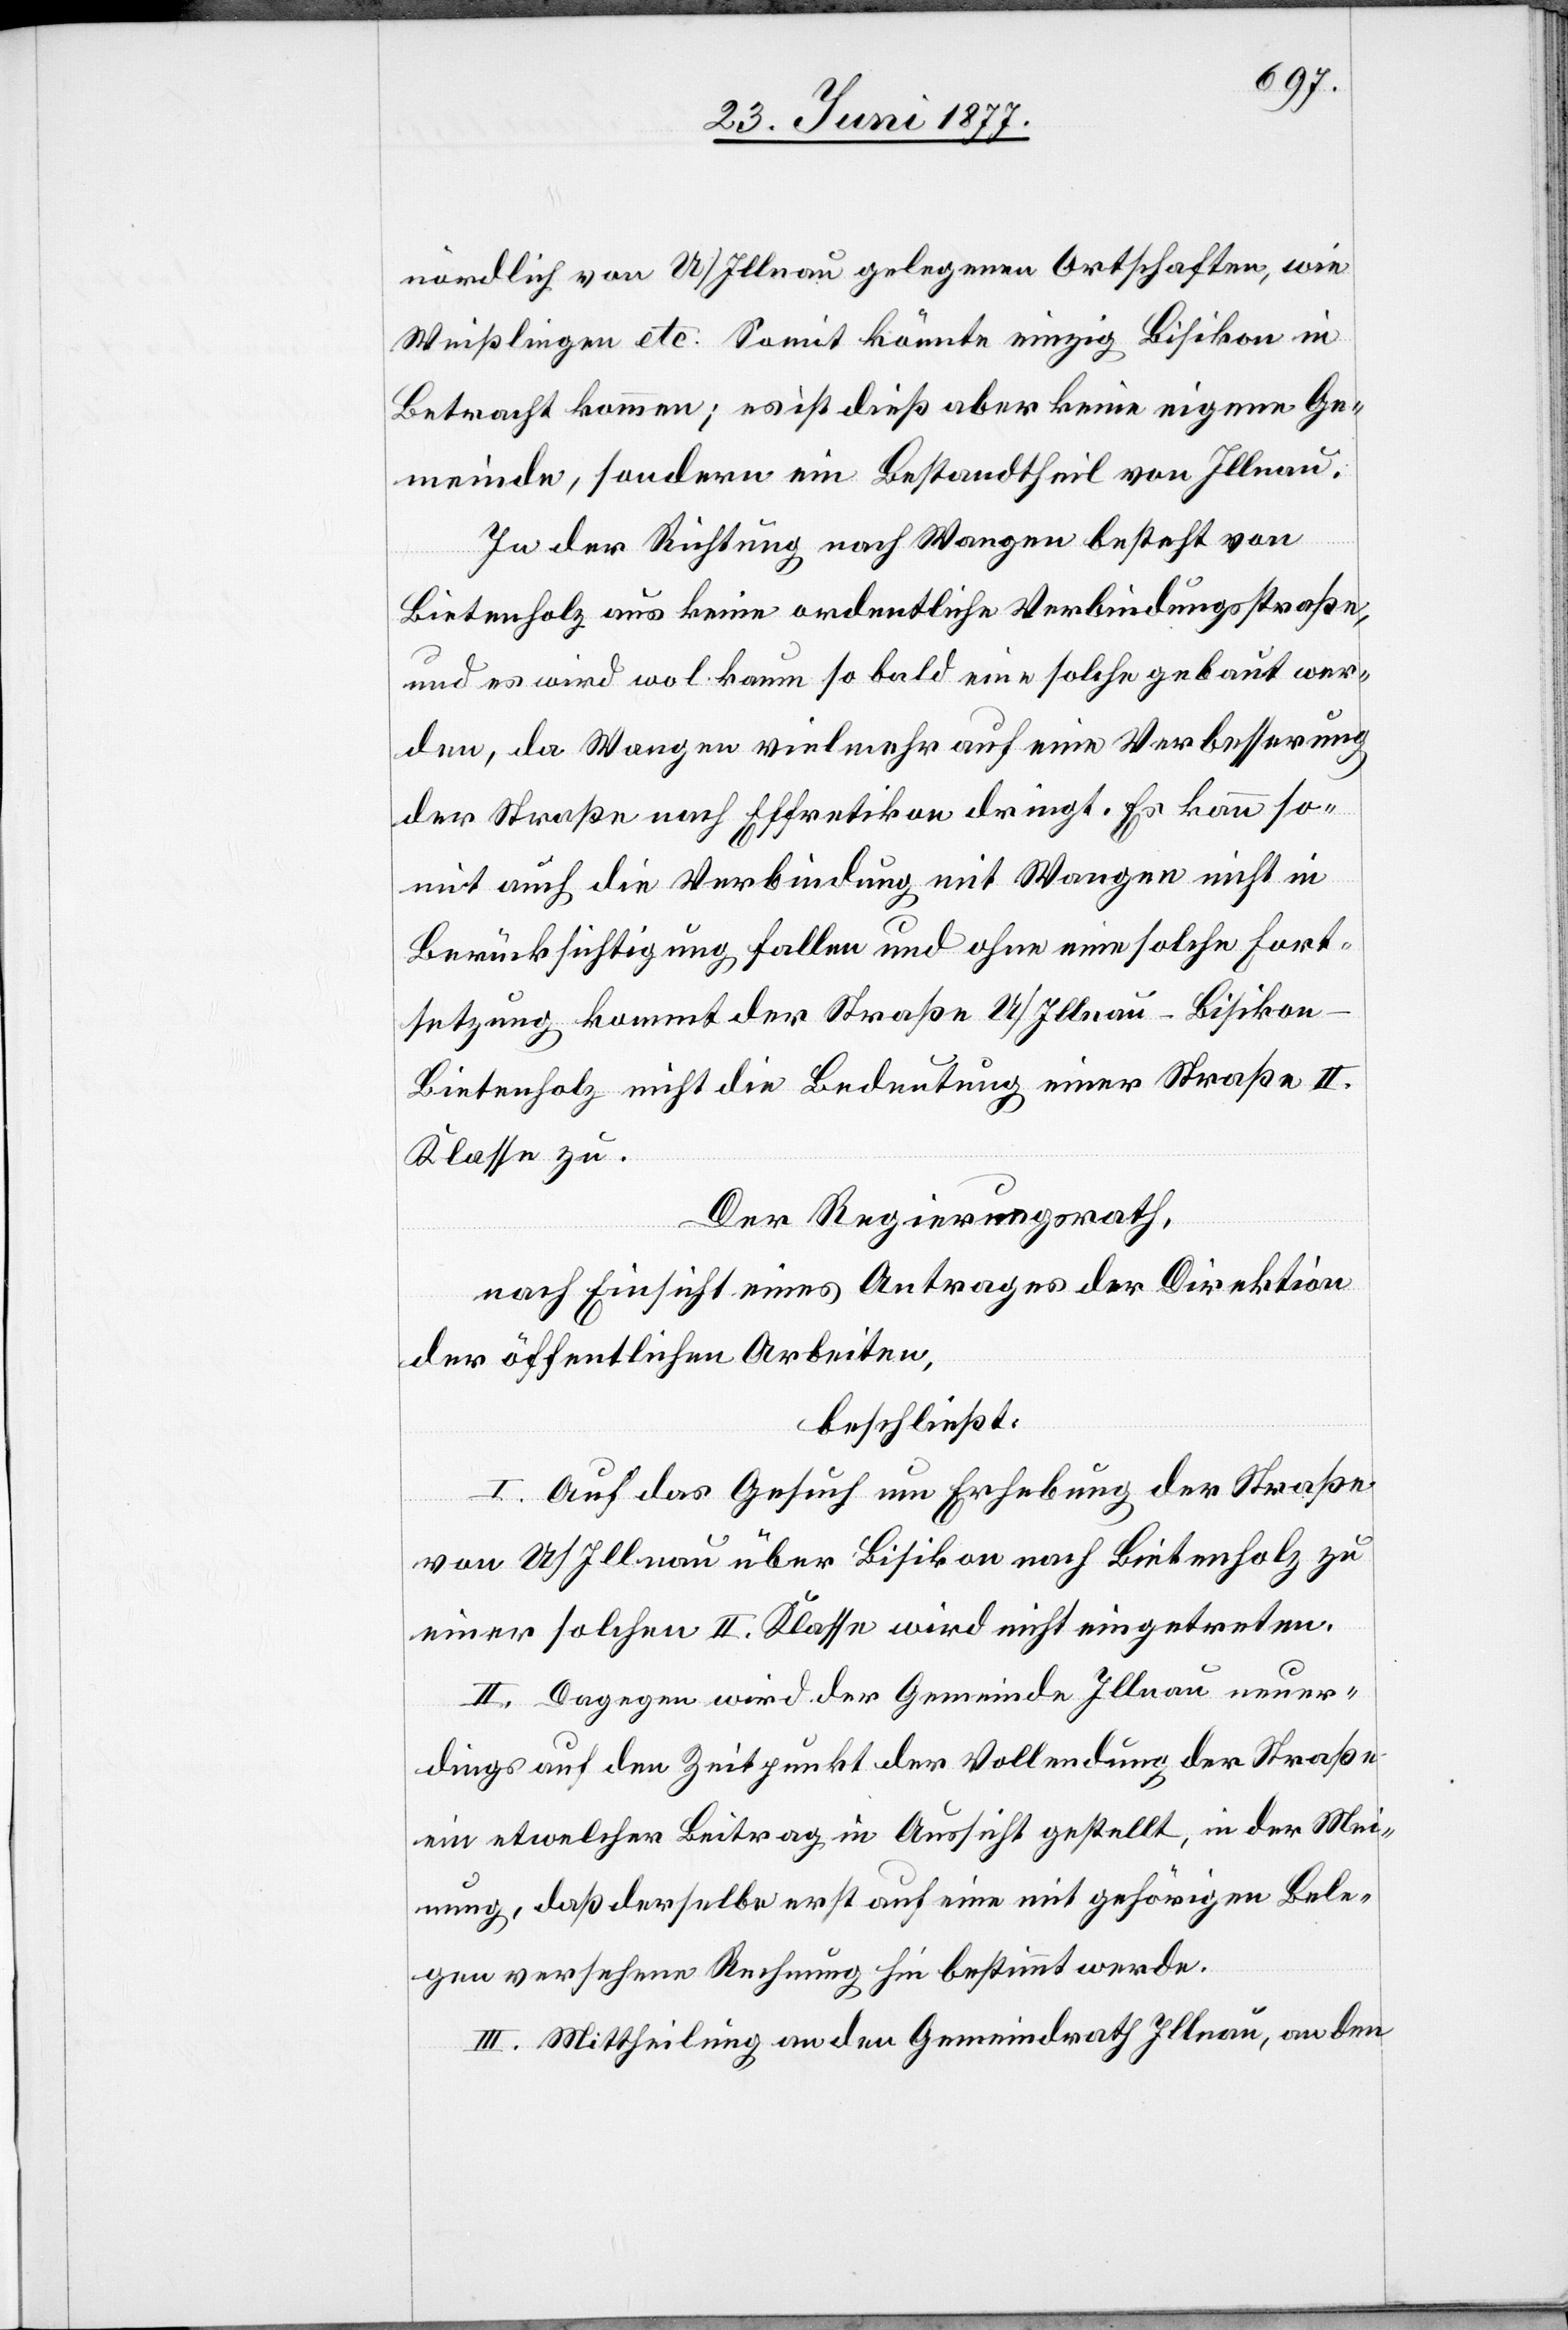
nördlich von U/Illnau gelegenen Ortschaften, wie
Weißlingen etc. Somit könnte einzig Bisikon in
Betracht kommen; es ist dieß aber keine eigene Ge¬
meinde, sondern ein Bestandtheil von Illnau.
In der Richtung nach Wangen besteht von
Bietenholz aus keine ordentliche Verbindungsstraße
und es wird wol kaum so bald eine solche gebaut wer¬
den, da Wangen vielmehr auf eine Verbesserung
der Straße nach Effretikon dringt. Es kann so¬
mit auch die Verbindung mit Wangen nicht in
Berücksichtigung fallen und ohne eine solche Fort¬
setzung kommt der Straße U/Illnau–Bisiko¬
n–Bietenholz nicht die Bedeutung einer Straße II.
Klasse zu.
Der Regierungsrath,
nach Einsicht eines Antrages der Direktion
der öffentlichen Arbeiten,
beschließt:
I. Auf das Gesuch um Erhebung der Straße
von U/Illnau über Bisikon nach Bietenholz zu
einer solchen II. Klasse wird nicht eingetreten.
II. Dagegen wird die Gemeinde Illnau neuer¬
dings auf den Zeitpunkt der Vollendung der Straße
ein etwelcher Beitrag in Aussicht gestellt, in der Mei¬
nung, daß derselbe erst auf eine mit gehörigen Bele¬
gen versehene Rechnung hin bestimmt werde.
III. Mittheilung an den Gemeindrath Illnau, an den